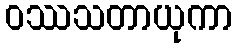
ဝဿသတာယုကာ